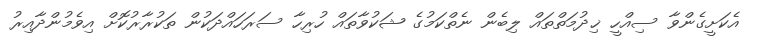
އެކަށީގެންވާ ސިއްހީ ޚިދުމަތްތައް ލިބެން ނެތްކަމުގެ ޝަކުވާތައް ހުރިހާ ސަރަހައްދަކުން ތަކުރާރުކޮށް އިވެމުންދާއިރު